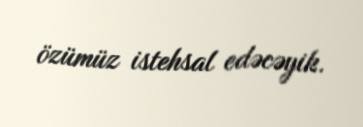
özümüz istehsal edəcəyik.